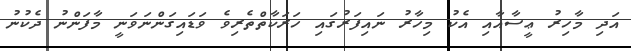
އަދި މާހިރު ޢީސާއާއި އެކު މިހާރު ނައިފަރުގައި ހަރަކާތްތެރިވެ ވަޑައިގަންނަވަނީ މާފަންނު ދެކުނު